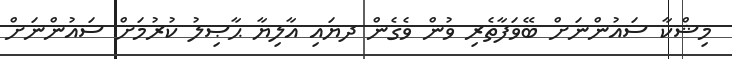
މިޝްކާ ސައުންނަށް ބޭވަފާތެރި ވުން ވެގެން ދޔައި އާލިޔާ ޙާޞިލު ކުރުމަށް ސައުންނަށް